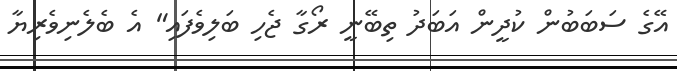
އޭގެ ސަބަބުން ކުދީން އަބަދު ތިބޭނީ ރޯގާ ޖެހި ބަލިވެފައި" އެ ބެލެނިވެރިޔާ